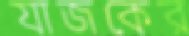
যাজকের